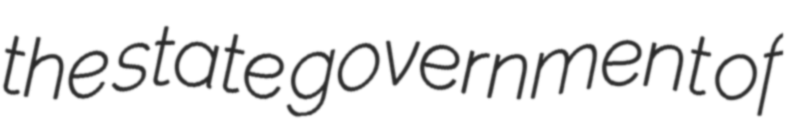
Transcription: the state government of